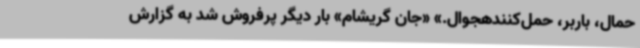
حمال، باربر، حمل‌کنندهجوال.» «جان گریشام» بار دیگر پرفروش شد به گزارش